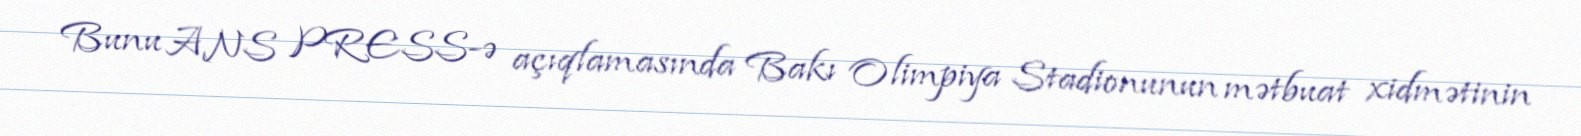
Bunu ANS PRESS-ə açıqlamasında Bakı Olimpiya Stadionunun mətbuat xidmətinin